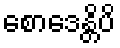
စောဒေန္တိပိ